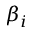
\beta _ { i }